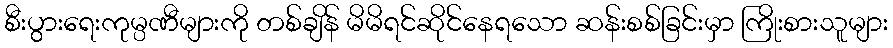
စီးပွားရေးကုမ္ပဏီများကို တစ်ချိန် မိမိရင်ဆိုင်နေရသော ဆန်းစစ်ခြင်းမှာ ကြိုးစားသူများ